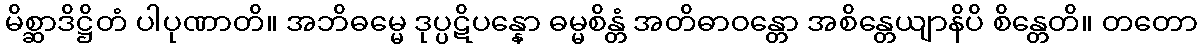
မိစ္ဆာဒိဋ္ဌိတံ ပါပုဏာတိ။ အဘိဓမ္မေ ဒုပ္ပဋိပန္နော ဓမ္မစိန္တံ အတိဓာဝန္တော အစိန္တေယျာနိပိ စိန္တေတိ။ တတော